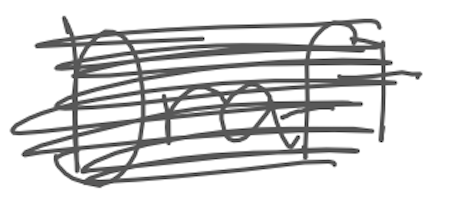
Text: Draft
Cross-out: scratch
Writing tool: digital_gray